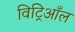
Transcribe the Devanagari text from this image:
विट्रिआँल